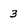
Character: 3